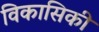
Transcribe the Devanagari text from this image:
विकासिकी